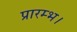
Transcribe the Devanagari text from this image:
प्रारम्‍भ।